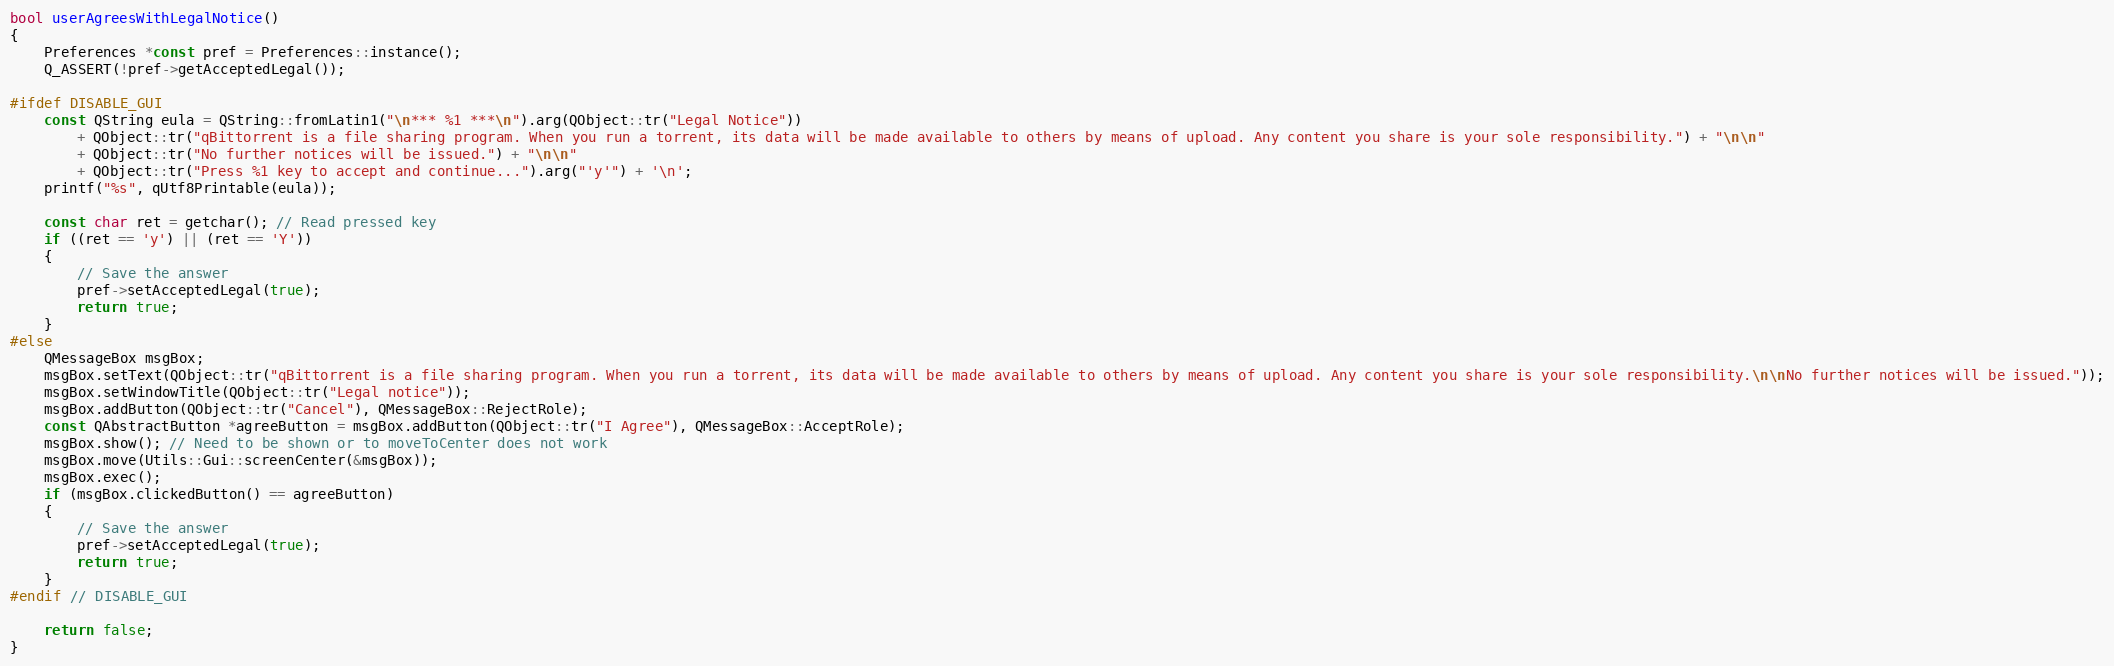
Language: C++
bool userAgreesWithLegalNotice()
{
    Preferences *const pref = Preferences::instance();
    Q_ASSERT(!pref->getAcceptedLegal());

#ifdef DISABLE_GUI
    const QString eula = QString::fromLatin1("\n*** %1 ***\n").arg(QObject::tr("Legal Notice"))
        + QObject::tr("qBittorrent is a file sharing program. When you run a torrent, its data will be made available to others by means of upload. Any content you share is your sole responsibility.") + "\n\n"
        + QObject::tr("No further notices will be issued.") + "\n\n"
        + QObject::tr("Press %1 key to accept and continue...").arg("'y'") + '\n';
    printf("%s", qUtf8Printable(eula));

    const char ret = getchar(); // Read pressed key
    if ((ret == 'y') || (ret == 'Y'))
    {
        // Save the answer
        pref->setAcceptedLegal(true);
        return true;
    }
#else
    QMessageBox msgBox;
    msgBox.setText(QObject::tr("qBittorrent is a file sharing program. When you run a torrent, its data will be made available to others by means of upload. Any content you share is your sole responsibility.\n\nNo further notices will be issued."));
    msgBox.setWindowTitle(QObject::tr("Legal notice"));
    msgBox.addButton(QObject::tr("Cancel"), QMessageBox::RejectRole);
    const QAbstractButton *agreeButton = msgBox.addButton(QObject::tr("I Agree"), QMessageBox::AcceptRole);
    msgBox.show(); // Need to be shown or to moveToCenter does not work
    msgBox.move(Utils::Gui::screenCenter(&msgBox));
    msgBox.exec();
    if (msgBox.clickedButton() == agreeButton)
    {
        // Save the answer
        pref->setAcceptedLegal(true);
        return true;
    }
#endif // DISABLE_GUI

    return false;
}